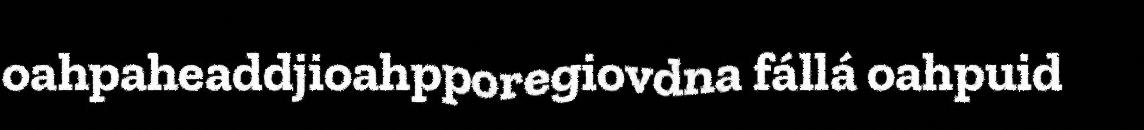
oahpaheaddjioahpporegiovdna fállá oahpuid